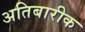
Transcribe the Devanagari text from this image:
अतिबारीक